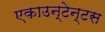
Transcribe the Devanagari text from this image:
एकाउन्टेन्टस